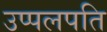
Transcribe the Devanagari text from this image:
उप्पलपति